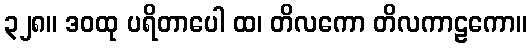
၃၂၈။ ဒဝထု ပရိတာပေါ ထ၊ တိလကော တိလကာဠကော။